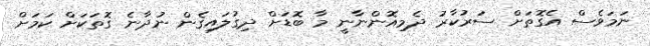
ނަމަވެސް އެގޮތަށް ސަރުކާރު ދެމިއޮންނާނީ މާ ބޮޑަށް ދިގުލައިގެން ނުދާނެ ގޮތަކަށް ކަމަށް